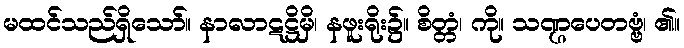
မထင်သည်ရှိသော်။ နာလာဋဋ္ဌိမှိ၊ နဖူးရိုး၌။ စိတ္တံ၊ ကို။ သဏ္ဌပေတဗ္ဗံ၊ ၏။